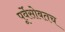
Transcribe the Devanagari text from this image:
पूर्वेसोबतच